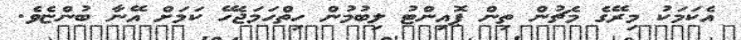
އެކަމަކު މިރޭގެ މެޗުން ތިން ޕޮއިންޓު ލިބުމުން ހިތްހަމަޖެހޭ ކަމަށް އޭނާ ބުންޏެވެ.